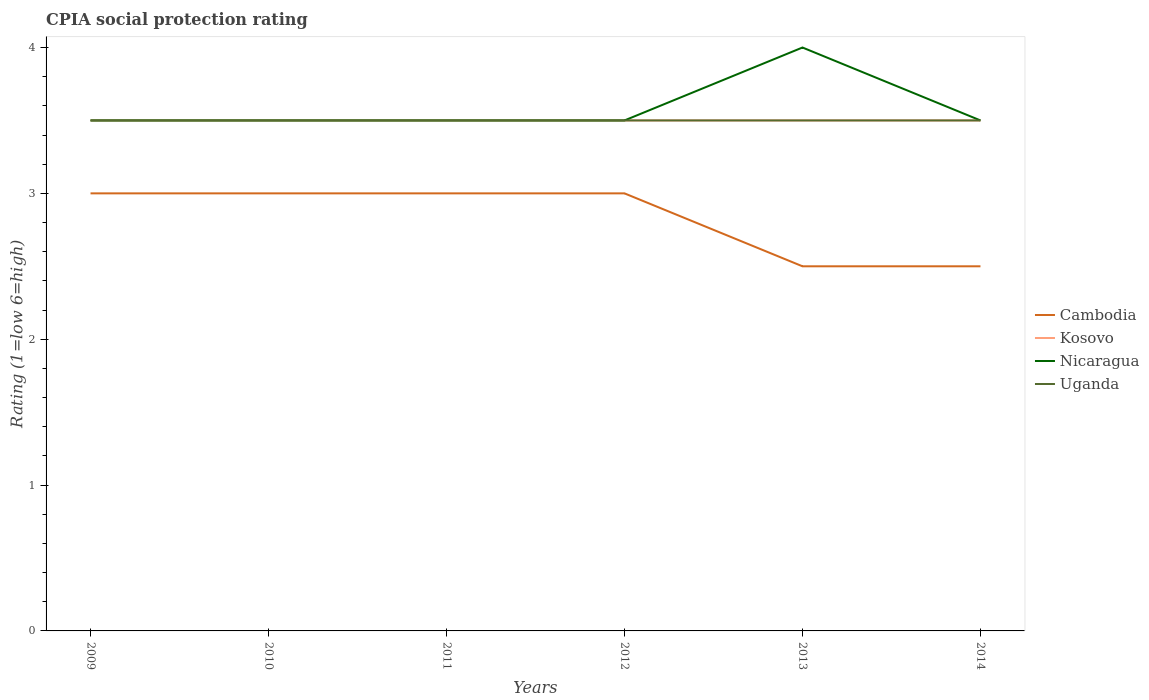
| Years | Cambodia | Kosovo | Nicaragua | Uganda |
 | --- | --- | --- | --- | --- |
 | 2009 | 3 | 3.5 | 3.5 | 3.5 |
 | 2010 | 3 | 3.5 | 3.5 | 3.5 |
 | 2011 | 3 | 3.5 | 3.5 | 3.5 |
 | 2012 | 3 | 3.5 | 3.5 | 3.5 |
 | 2013 | 2.5 | 3.5 | 4 | 3.5 |
 | 2014 | 2.5 | 3.5 | 3.5 | 3.5 |